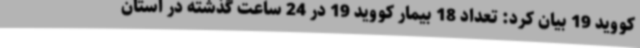
کووید 19 بیان کرد: تعداد 18 بیمار کووید 19 در 24 ساعت گذشته در استان